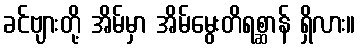
ခင်ဗျားတို့ အိမ်မှာ အိမ်မွေးတိရစ္ဆာန် ရှိလား။